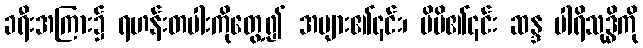
ခရီးအကြား၌ ရဟန်းတပါးကိုတွေ့၍ အများ၏၎င်း၊ မိမိ၏၎င်း ဆန္ဒ ပါရိသုဒ္ဓိကို